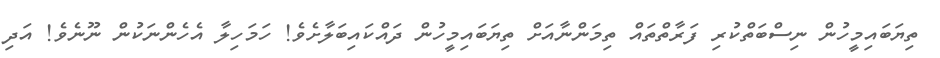
ތިޔަބައިމީހުން ނިސްބަތްކުރި ފަރާތްތައް ތިމަންނާއަށް ތިޔަބައިމީހުން ދައްކައިބަލާށެވެ! ހަމަހިލާ އެހެންނަކުން ނޫނެވެ! އަދި